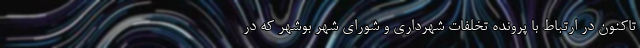
تاکنون در ارتباط با پرونده تخلفات شهرداری و شورای شهر بوشهر که در